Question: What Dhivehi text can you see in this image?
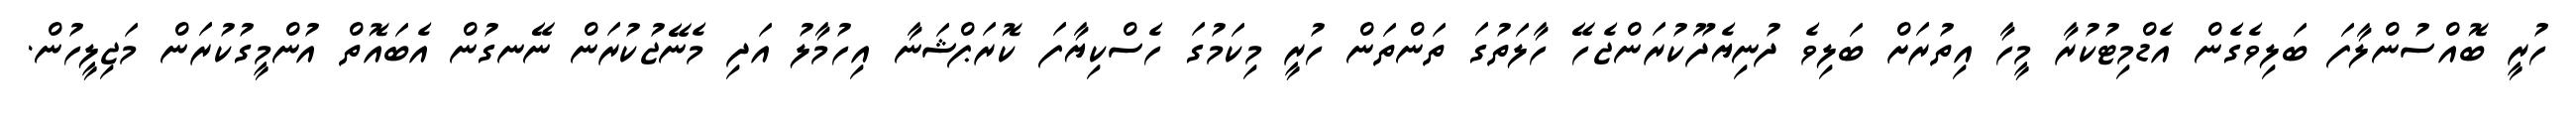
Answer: ހުރީ ބޮއްސުންލާފަ ބަލިވެގެން އެޑްމިޓުކުރާ މީހާ އިތުރަށް ބަލިވެ ދުނިޔެދޫކުރަންޖެހޭ ހާލަތުގަ ތަންތަން ހުރީ މިކަމުގަ ހެސްކިޔާފަ ކޮރަޕްޝަނާ އިހުމާލު އަދި މެނޭޖުކުރަން ނޭނގުން އެބައޮތް އުންމީގުކުރަން މަޖިލީހުން.